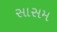
સાસમ